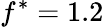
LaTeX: f^{*}=1.2